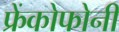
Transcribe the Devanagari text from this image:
फ्रेंकोफोनी